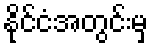
နိုင်ငံအတွင်းမှ